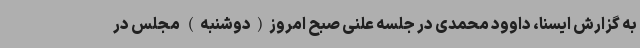
به گزارش ایسنا، داوود محمدی در جلسه علنی صبح امروز(دوشنبه) مجلس در